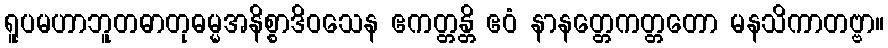
ရူပမဟာဘူတဓာတုဓမ္မအနိစ္စာဒိဝသေန ဧကတ္တန္တိ ဧဝံ နာနတ္တေကတ္တတော မနသိကာတဗ္ဗာ။